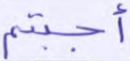
أجبتم